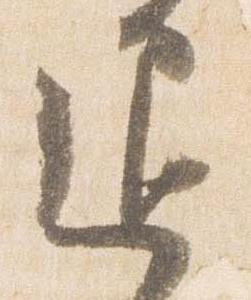
退